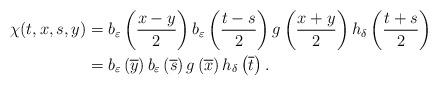
LaTeX: \begin{align*}\chi(t,x,s,y) &=b_{\varepsilon}\left(\frac{x-y}{2}\right)b_{\varepsilon}\left(\frac{t-s}{2}\right)g\left(\frac{x+y}{2}\right)h_{\delta}\left(\frac{t+s}{2}\right) \\&=b_{\varepsilon}\left(\overline{y}\right)b_{\varepsilon}\left(\overline{s}\right)g\left(\overline{x}\right)h_{\delta}\left(\overline{t}\right).\end{align*}